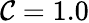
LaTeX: \mathcal{C}=1.0